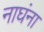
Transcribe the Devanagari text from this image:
नाघंना